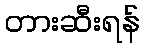
တားဆီးရန်